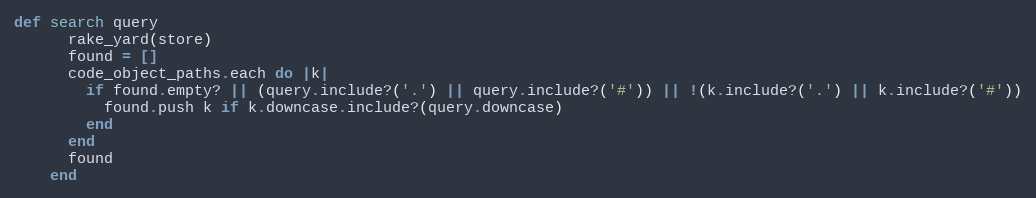
Language: Ruby
def search query
      rake_yard(store)
      found = []
      code_object_paths.each do |k|
        if found.empty? || (query.include?('.') || query.include?('#')) || !(k.include?('.') || k.include?('#'))
          found.push k if k.downcase.include?(query.downcase)
        end
      end
      found
    end